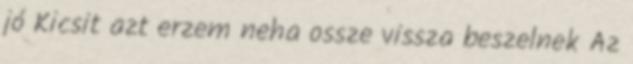
jó Kicsit azt erzem neha ossze vissza beszelnek Az